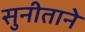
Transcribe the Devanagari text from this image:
सुनीताने